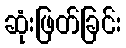
ဆုံးဖြတ်ခြင်း